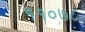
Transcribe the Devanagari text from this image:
११०७८